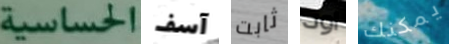
الحساسية آسف ثابت اود يمكنك